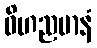
ဝိဟညမာနံ